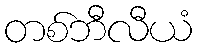
တစ်ဘီလီယံ